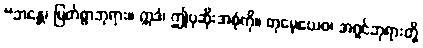
“ဘန္တေ၊ မြတ်စွာဘုရား။ ဣဒံ၊ ဤပုဆိုးအစုံကို။ တုမှေယေဝ၊ အရှင်ဘုရားတို့